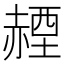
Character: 𧹬